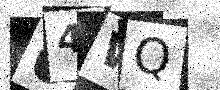
Text: 64WQ